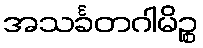
အသင်္ခတဂါမိဉ္စ